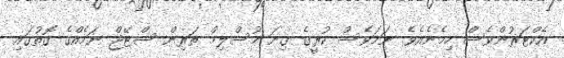
އެކްޓަރުންވެސް ހިމެނެއެވެ. ނަމަވެސް ކުރީގެ ގިނަ މުސްލިމް ތަރިން ސްޓޭޖް ނަމެއްގެ ގޮތުގައި